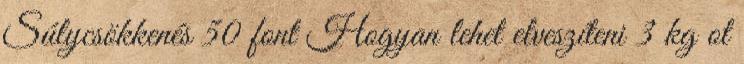
Súlycsökkenés 50 font Hogyan lehet elveszíteni 3 kg ot